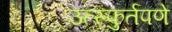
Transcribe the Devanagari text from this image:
उत्स्फुर्तपणे